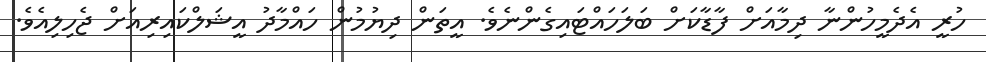
ހުރީ އެދެމީހުންނާ ދިމާއަށް ފާޑާކަށް ބަލަހައްޓައިގެންނެވެ. އީތަން ދިޔުމުން ހައްމާދު އީޝަލްކައިރިއަށް ޖެހިލިއެވެ.